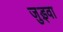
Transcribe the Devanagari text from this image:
जुड़्वा